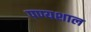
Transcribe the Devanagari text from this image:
पण्यशाल